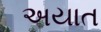
અયાત